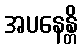
အပနေန္တိ